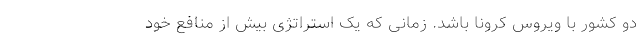
دو کشور با ویروس کرونا باشد. زمانی که یک استراتژی بیش از منافع خود